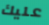
عليك